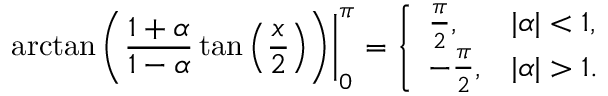
\left. \arctan \left( { \frac { 1 + \alpha } { 1 - \alpha } } \tan \left( { \frac { x } { 2 } } \right) \right) \right| _ { 0 } ^ { \pi } = { \left\{ \begin{array} { l l } { { \frac { \pi } { 2 } } , } & { | \alpha | < 1 , } \\ { - { \frac { \pi } { 2 } } , } & { | \alpha | > 1 . } \end{array} \right. }